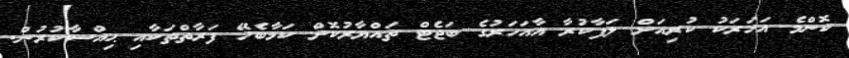
ކޮންމެ އަހަރަކު ކުރިއަށް ލަފާކުރާ އާއަހަރުގެ ބަޖެޓް ތައްޔާރުކޮށް ކަމާބެހޭ ފަރާތްތަކާއި ޙިއްސާކުރުން.